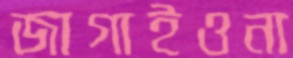
জাগাইওনা